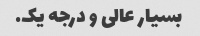
بسیار عالی و درجه یک.